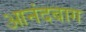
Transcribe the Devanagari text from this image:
आनंदबाग